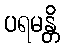
ပရမန္တိ